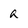
Character: a